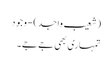
(شعیب واجد) - وجود
تمہاری بھی جے جے۔